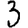
Digit: 3